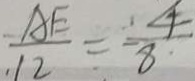
\frac { A E } { 1 2 } = \frac { 4 } { 8 }